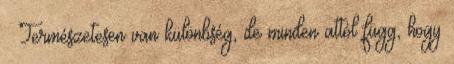
– Természetesen van különbség, de minden attól függ, hogy